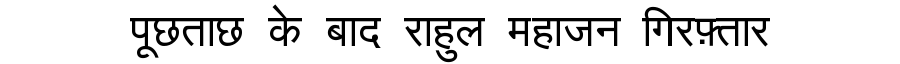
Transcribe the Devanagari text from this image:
पूछताछ के बाद राहुल महाजन गिरफ़्तार